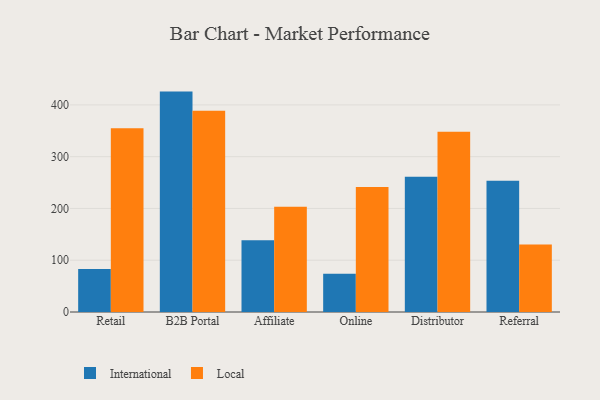
{"axis": {"x": "Channel", "y": "Waste Production (Tons)"}, "legend": ["International", "Local"], "data": [{"x": "Retail", "y": 83.2, "type": "International"}, {"x": "Retail", "y": 354.8, "type": "Local"}, {"x": "B2B Portal", "y": 425.7, "type": "International"}, {"x": "B2B Portal", "y": 388.8, "type": "Local"}, {"x": "Affiliate", "y": 138.6, "type": "International"}, {"x": "Affiliate", "y": 203.4, "type": "Local"}, {"x": "Online", "y": 74.1, "type": "International"}, {"x": "Online", "y": 241.6, "type": "Local"}, {"x": "Distributor", "y": 261.1, "type": "International"}, {"x": "Distributor", "y": 348.2, "type": "Local"}, {"x": "Referral", "y": 253.5, "type": "International"}, {"x": "Referral", "y": 130.3, "type": "Local"}]}